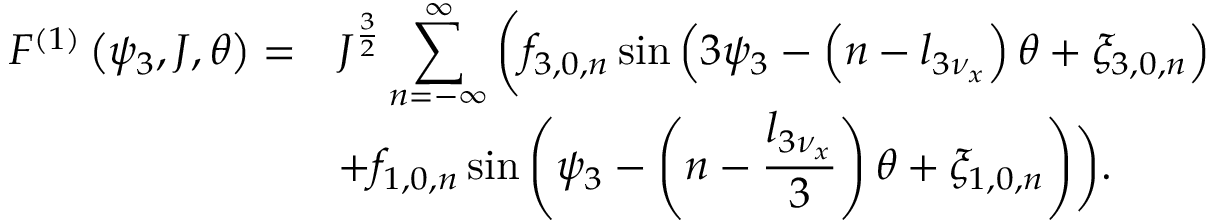
\begin{array} { c l } { \displaystyle F ^ { \left( 1 \right) } \left( \psi _ { 3 } , J , \theta \right) = } & { \displaystyle J ^ { \frac { 3 } { 2 } } \sum _ { n = - \infty } ^ { \infty } { \biggl ( f _ { 3 , 0 , n } \sin \left( 3 \psi _ { 3 } - \left( n - l _ { 3 \nu _ { x } } \right) \theta + \xi _ { 3 , 0 , n } \right) } } \\ & { \displaystyle + f _ { 1 , 0 , n } \sin \left( \psi _ { 3 } - \left( n - \frac { l _ { 3 \nu _ { x } } } { 3 } \right) \theta + \xi _ { 1 , 0 , n } \right) \biggr ) . } \end{array}